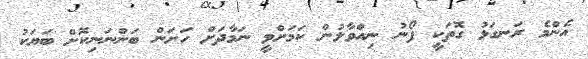
އެންމެ ރަނގަޅު ގޮތަކީ ފޯނު ނިއްވާލުން ކަމަށްވީ ނަމާދަށް ހަށަން ބަންނަނިކޮށް ބަޔަކު